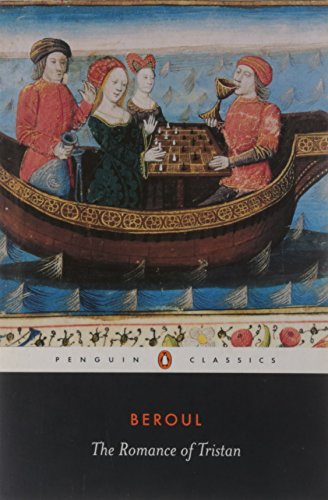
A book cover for The Romance of Tristan: The Tale of Tristan's Madness (Penguin Classics); Beroul; Literature & Fiction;